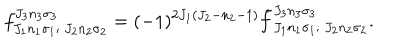
f _ { J _ { 1 } n _ { 1 } \sigma _ { 1 } ; ~ J _ { 2 } n _ { 2 } \sigma _ { 2 } } ^ { J _ { 3 } n _ { 3 } \sigma _ { 3 } } = ( - 1 ) ^ { 2 J _ { 1 } ( J _ { 2 } - n _ { 2 } - 1 ) } { \tilde { f } } _ { J _ { 1 } n _ { 1 } \sigma _ { 1 } ; ~ J _ { 2 } n _ { 2 } \sigma _ { 2 } } ^ { J _ { 3 } n _ { 3 } \sigma _ { 3 } } .